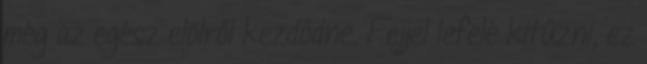
még az egész elölről kezdődne. Fejjel lefelé kitűzni, ez